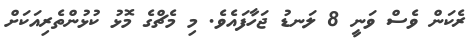
ރެކަން ވެސް ވަނީ 8 ލަނޑު ޖަހާފައެވެ. މި މެޗްގެ މޮޅު ކުޅުންތެރިއަކަށް